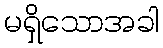
မရှိသောအခါ